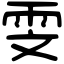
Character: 雯